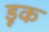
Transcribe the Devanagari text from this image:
डूक